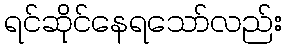
ရင်ဆိုင်နေရသော်လည်း